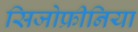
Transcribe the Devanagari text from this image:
सिजोफ्रीनिया